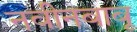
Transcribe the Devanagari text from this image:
नवीनबाबू